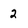
Character: 2